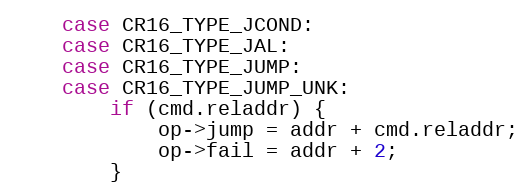
Language: C
	case CR16_TYPE_JCOND:
	case CR16_TYPE_JAL:
	case CR16_TYPE_JUMP:
	case CR16_TYPE_JUMP_UNK:
		if (cmd.reladdr) {
			op->jump = addr + cmd.reladdr;
			op->fail = addr + 2;
		}